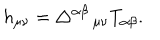
LaTeX: h _ { \mu \nu } = \triangle ^ { \alpha \beta } \, _ { \mu \nu } T _ { \alpha \beta } .